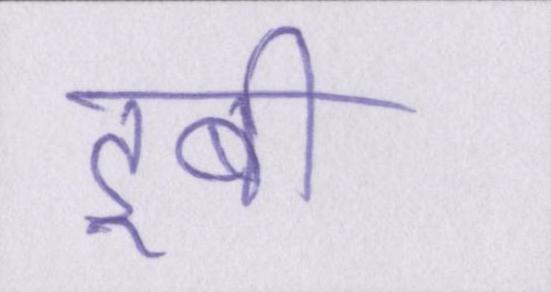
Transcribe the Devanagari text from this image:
डूबी